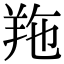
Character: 𦍥